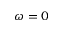
\omega = 0